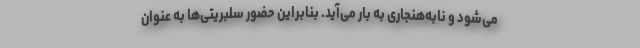
می‌شود و نابه‌هنجاری به بار می‌آید. بنابراین حضور سلبریتی‌ها به عنوان